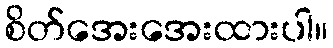
စိတ်အေးအေးထားပါ။